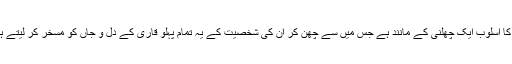
ان کا اسلوب ایک چھلنی کے مانند ہے جس میں سے چھن کر ان کی شخصیت کے یہ تمام پہلو قاری کے دل و جاں کو مسخر کر لیتے ہیں۔